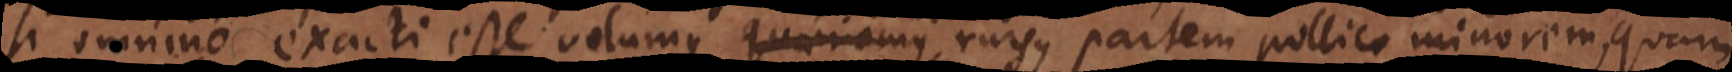
nino exacti esse volumus, quaeramus rursus partem pollice minorem, quam